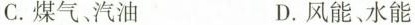
C.煤气、汽油 D.风能、水能